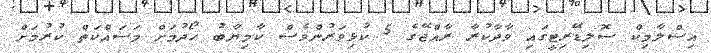
އިސްލާމިކް ސޮލިޑޭރިޓީގައި ވާދާކުރާ ރާއްޖޭގެ 5 ކުޅިވަރުންވެސް ކާމިޔާބު ހޯދުމަށް މަސައްކަތް ކުރުމަށް